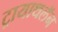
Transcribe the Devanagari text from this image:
ट्रायाथलॅन